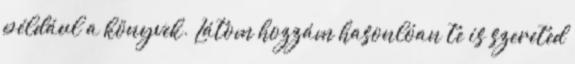
például a könyvek. Látom hozzám hasonlóan te is szereted